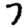
Digit: 7